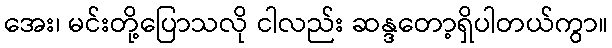
အေး၊ မင်းတို့ပြောသလို ငါလည်း ဆန္ဒတော့ရှိပါတယ်ကွာ။